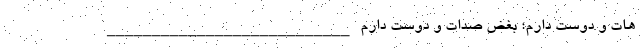
هات و دوست دارم؛ بغض صدات و دوست دارم ___________________________